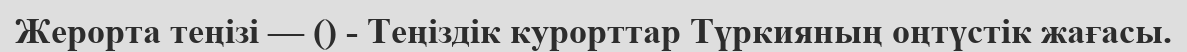
Жерорта теңізі — () - Теңіздік курорттар Түркияның оңтүстік жағасы.